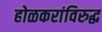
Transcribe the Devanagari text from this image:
होळकरांविरुद्ध